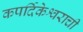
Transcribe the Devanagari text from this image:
कपर्दिकेश्वराची